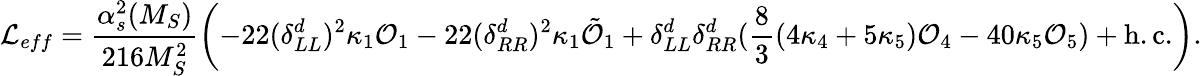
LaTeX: {\cal L}_{eff}=\frac{\alpha_{s}^{2}(M_{S})}{216M_{S}^{2}}\left(-22(\delta_{LL}^{d})^{2}\kappa_{1}{\cal O}_{1}-22(\delta_{RR}^{d})^{2}\kappa_{1}\tilde{{\cal O}}_{1}+\delta_{LL}^{d}\delta_{RR}^{d}(\frac{8}{3}(4\kappa_{4}+5\kappa_{5}){\cal O}_{4}-40\kappa_{5}{\cal O}_{5})+\mathrm{h.c.}\right).